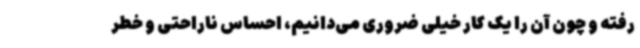
رفته و چون آن را یک کار خیلی ضروری می‌دانیم، احساس ناراحتی و خطر